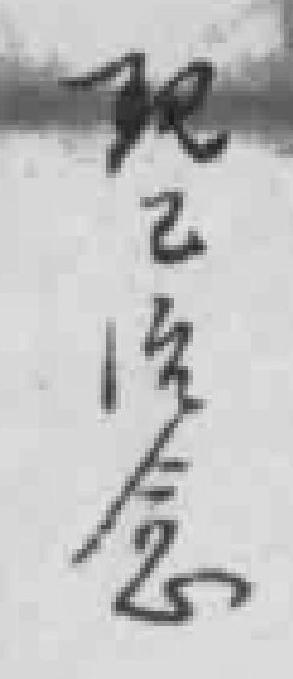
现已治愈